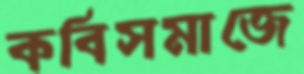
কবিসমাজে